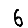
Digit: 6